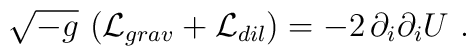
\sqrt{-g}\, \left( {\cal L}_{grav} +{\cal L}_{dil} \right) =- 2 \, \partial_i \partial_i U\ .